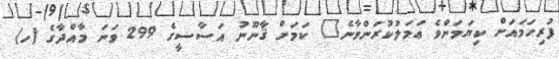
ފުރިހަމައަށް ކިޔަމަންވެ ޢަމަލުކުރަންވާނެ" ކަމަށް ޤާނޫނު އަސާސީގެ 299 ވަނަ މާއްދާގެ (ހ)